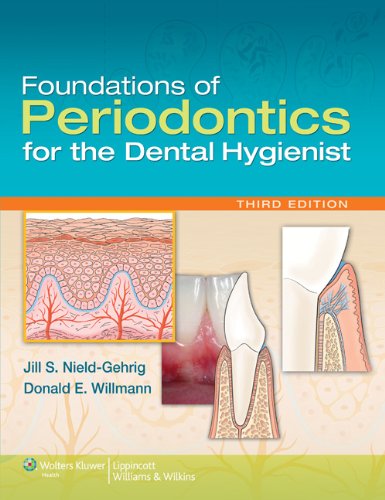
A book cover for Foundations of Periodontics for the Dental Hygienist; Jill S. Gehrig RDH  MA; Medical Books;